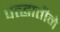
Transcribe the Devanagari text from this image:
पत्द्धातीने